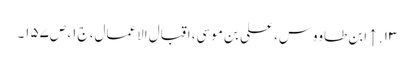
۱۳. ↑ ابن طاووس، علی بن موسی، اقبال الاعمال، ج‌۱، ص‌۱۵۷۔